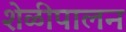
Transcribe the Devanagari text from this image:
शेळीपालन